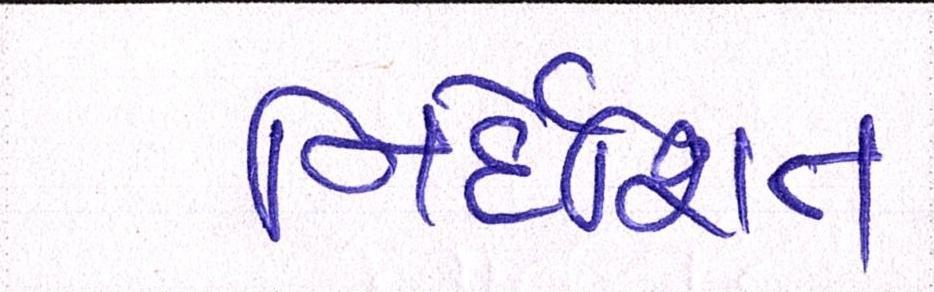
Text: નિર્દેશિત